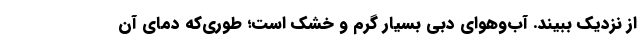
از نزدیک ببیند. آب‌وهوای دبی بسیار گرم و خشک است؛ طوری‌که دمای آن